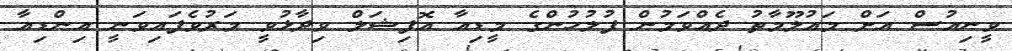
ވީނިއުސް އަށް މައުލޫމާތު ދެއްވަމުން ފުލުހުންގެ މީޑިއާ އޮފިޝަލް ވިދާޅުވީ މަރުވެފައިވަނީ އިންޑިއާ